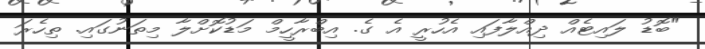
"ބޮޑު ލައިޓެއް ދިއްލާފައި އެހުރީ އެ ގެ. އިބްރާހީމް މަޑުކޮށްލާ މިތަނުގައި. ތިހެރަ